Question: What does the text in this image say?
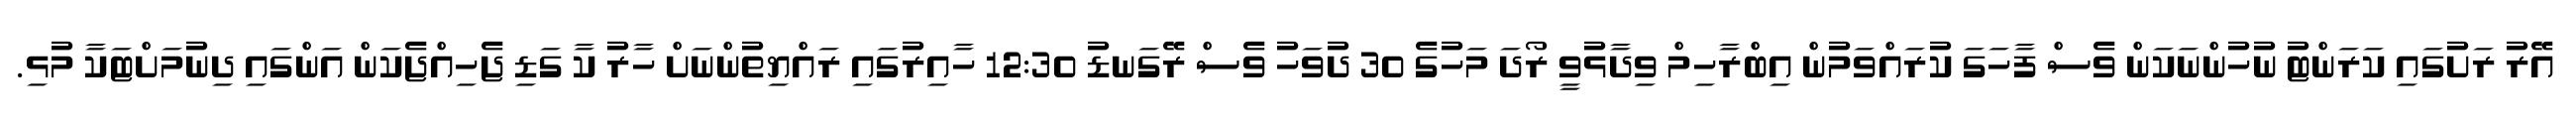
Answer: އޭރު ރަށުގައި ކަރަންޓު ނުހުންނަކަން ވެސް ފާހަގަ ކުރައްވަމުން އިބްރާހިމް ވިދާޅުވީ ރޯދަ މަހުގެ 30 ދުވަހު ވެސް ރޭގަނޑު 12:30 ހާއިރުގައި ރައްޔިތުންނަށް ހާރު ކާ ގަޑި ޖެހިއްޖެކަން އަންގައި ދިނުމަށްޓަކާ މުޅި.